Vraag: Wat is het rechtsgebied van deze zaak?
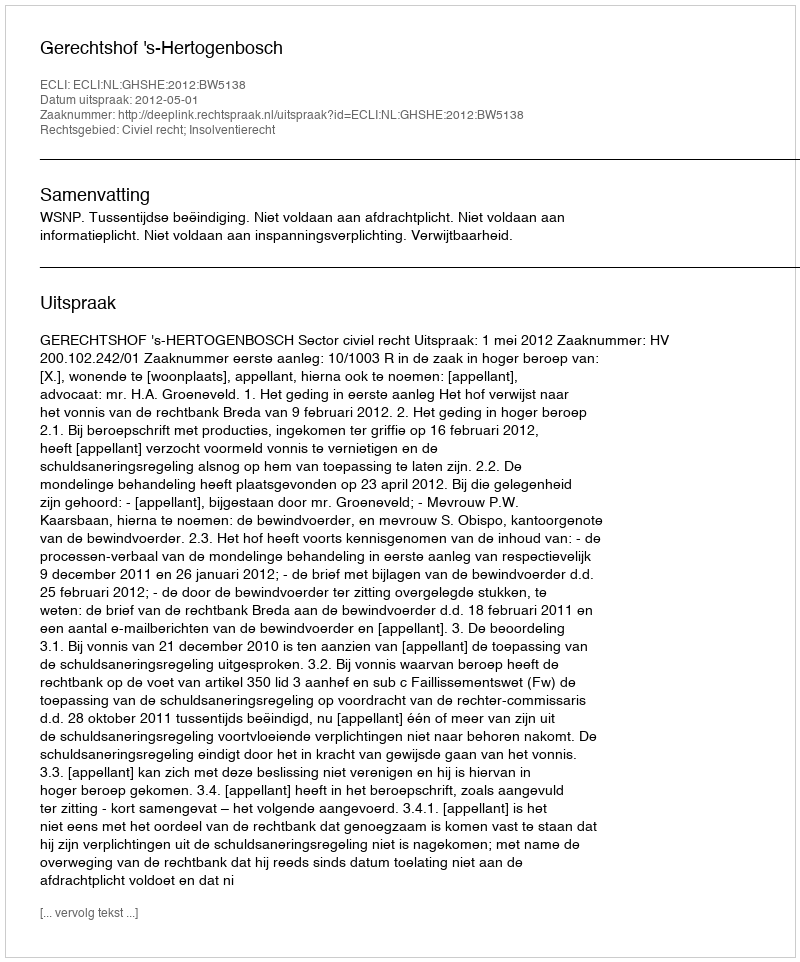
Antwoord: Civiel recht; Insolventierecht